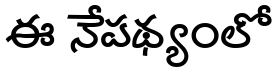
ఈ నేపథ్యంలో